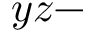
y z -